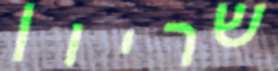
שריון